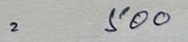
= 500